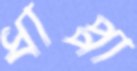
ধাপ্পা